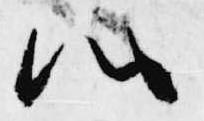
心